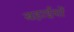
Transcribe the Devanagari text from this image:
बहाईयों